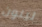
لينون